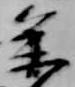
参